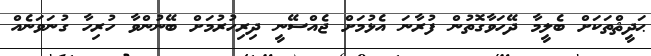
ޙަދީޘްތަކަށް ބެލީމާ ދޭހަވާގޮތުން ފުރާނަ އެޅުމަށް ޖެއްސޭނީ ދިރިހުރުމަށް ބޭނުންވާ ހުރިހާ ގުނަވަނެއް